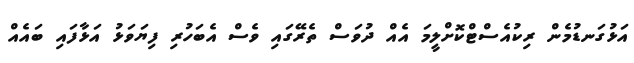
އަޅުގަނޑުމެން ރިކުއެސްޓްކޮށްލީމަ އެއް ދުވަސް ތެރޭގައި ވެސް އެބަހުރި ފިޔަވަޅު އަޅާފައި ބައެއް